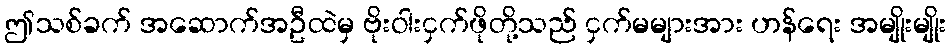
ဤသစ်ခက် အဆောက်အဦထဲမှ ဗိုးဝါးငှက်ဖိုတို့သည် ငှက်မများအား ဟန်ရေး အမျိုးမျိုး